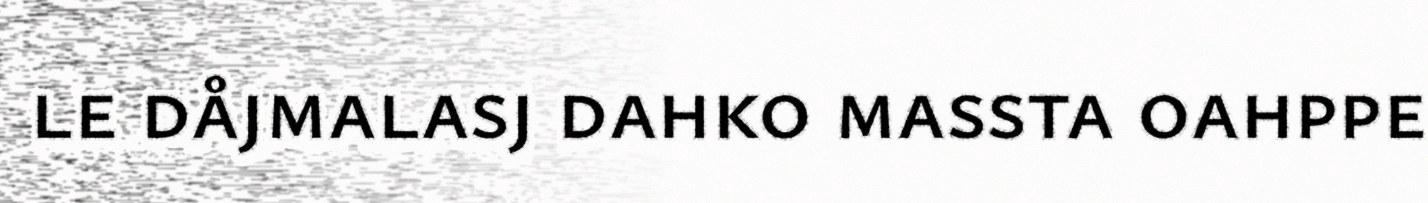
le dåjmalasj dahko massta oahppe